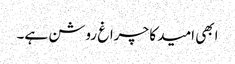
ابھی امید کا چراغ روشن ہے۔